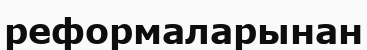
реформаларынан